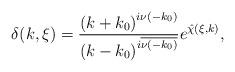
LaTeX: \begin{align*} \delta(k,\xi)=\frac{\left(k+k_0\right)^{i\nu(-k_0)}}{\left(k-k_0\right)^{i\overline{\nu(-k_0)}}}e^{\hat{\chi}(\xi,k)},\end{align*}